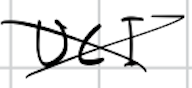
Text: UCI
Cross-out: cross
Writing tool: digital_black